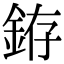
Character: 銌